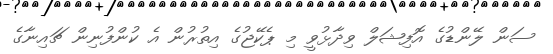
ސަން ލޭންޑުގެ އޮފިޝަލް ވިދާޅުވީ މި ޕެކޭޖުގެ އިތުރުން އެ ކުންފުނިން ޗައިނާގެ